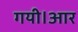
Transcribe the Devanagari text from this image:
गयी।आर